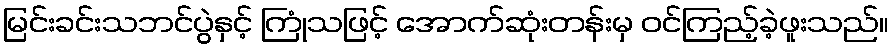
မြင်းခင်းသဘင်ပွဲနှင့် ကြုံသဖြင့် အောက်ဆုံးတန်းမှ ဝင်ကြည့်ခဲ့ဖူးသည်။